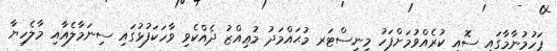
ފަހުމުނާމާގައި ސޮއި ކުރެއްވުމަށްފަހު މިނިސްޓަރ މުޙައްމަދު މުޢިއްޒު ދެއްކެވި ވާހަކަފުޅުގައި ސިނަމާލެއާއި މާލެހިޔާ